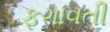
ફગાવતી